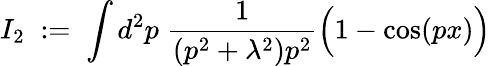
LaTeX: I_{2}\; :=\; \int d^{2}p\; \frac{1}{(p^{2}+\lambda^{2})p^{2}}\Big(1-\cos(px)\Big)